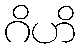
ဂိဟိ